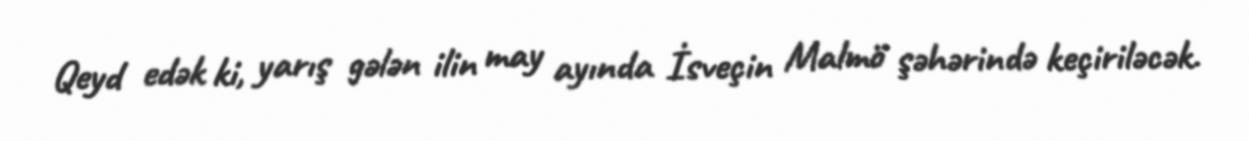
Qeyd edək ki, yarış gələn ilin may ayında İsveçin Malmö şəhərində keçiriləcək.